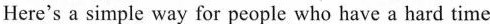
Here^{\prime} a simple way for people who have a hard time